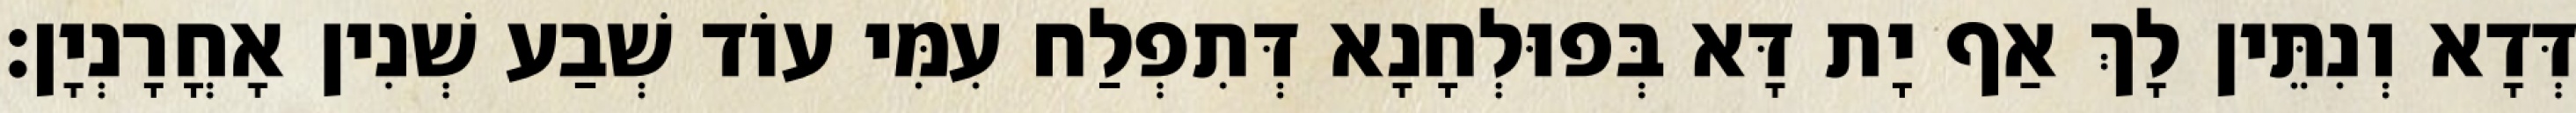
דְּדָא וְנִתֵּין לָךְ אַף יָת דָּא בְּפוּלְחָנָא דְּתִפְלַח עִמִּי עוֹד שְׁבַע שְׁנִין אָחֳרָנְיָן׃